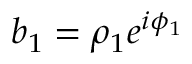
b _ { 1 } = \rho _ { 1 } e ^ { i \phi _ { 1 } }